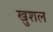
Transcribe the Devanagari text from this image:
खुशल